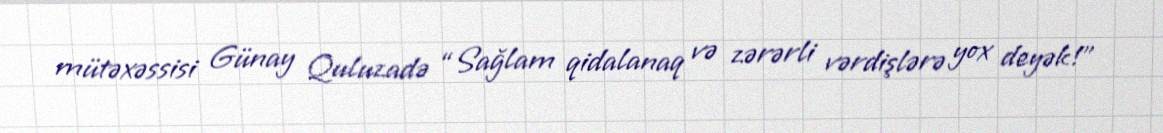
mütəxəssisi Günay Quluzadə “Sağlam qidalanaq və zərərli vərdişlərə yox deyək!”